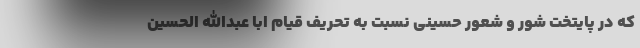
که در پایتخت شور و شعور حسینی نسبت به تحریف قیام ابا عبدالله الحسین